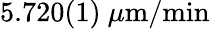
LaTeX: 5.720(1)~\mu\mathrm{m/min}